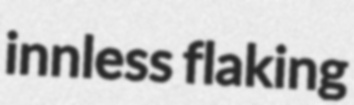
innless flaking